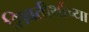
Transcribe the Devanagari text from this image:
शिवतीर्थाच्या